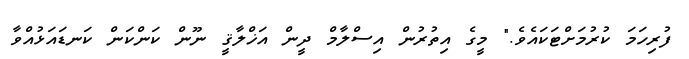
ފުރިހަމަ ކުރުމަށްޓަކައެވެ." މީގެ އިތުރުން އިސްލާމް ދީން އަޚްލާޤީ ނޫން ކަންކަން ކަނޑައަޅުއްވާ